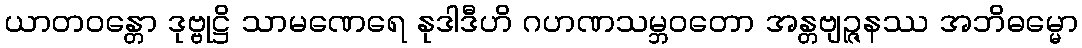
ယာတဝန္တော ဒုဗ္ဗုဋ္ဌိ သာမဏေရေ နုဒါဒီဟိ ဂဟဏသမ္ဘဝတော အန္တဗျဉ္ဇနဿ အဘိဓမ္မော